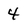
Character: 4